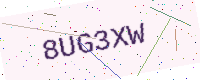
Text: 8UG3XW